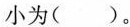
小为( )。